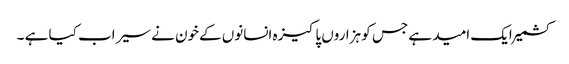
کشمیر ایک امید ہے جس کو ہزاروں پاکیزہ انسانوں کےخون نے سیراب کیا ہے ۔